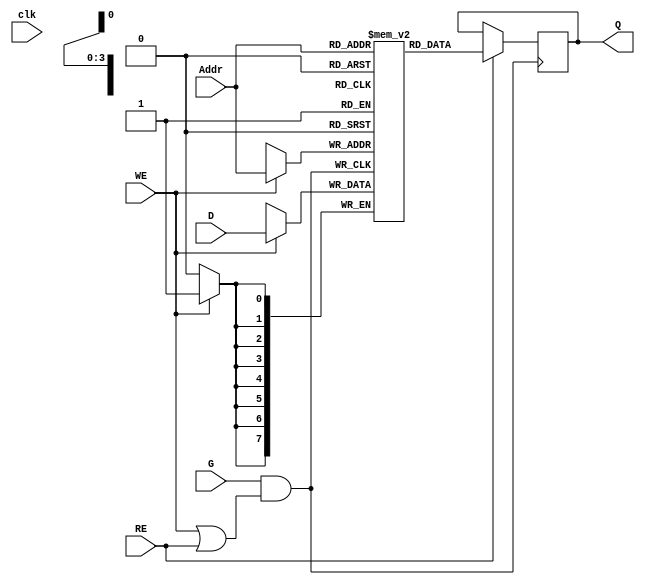
module MemoryBlock (
    input  wire [7:0]  D,         // Data Input (8-bit)
    input  wire [3:0]  Addr,      // Address (4-bit)
    input  wire        WE,        // Write Enable
    input  wire        RE,        // Read Enable
    input  wire        clk,       // Main Clock
    input  wire        G,         // Gating Signal
    output reg  [7:0]  Q          // Data Output (8-bit)
);

    // Memory array (16 x 8 bits)
    reg [7:0] memory [0:15];

    // Gated clock signal
    wire gated_clk;

    // Clock Gating Logic: Gated clock is active only if G is high and either WE or RE is high
    assign gated_clk = G && (WE || RE);

    // Write Logic
    always @(posedge gated_clk) begin
        if (WE) begin
            memory[Addr] <= D;  // Write data to memory at the specified address
        end
    end

    // Read Logic
    always @(posedge gated_clk) begin
        if (RE) begin
            Q <= memory[Addr];  // Read data from memory at the specified address
        end
    end

endmodule